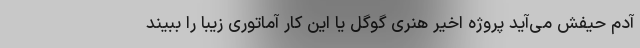
آدم حیفش می‌آید پروژه اخیر هنری گوگل یا این کار آماتوری زیبا را ببیند